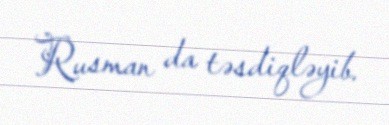
Rusman da təsdiqləyib.